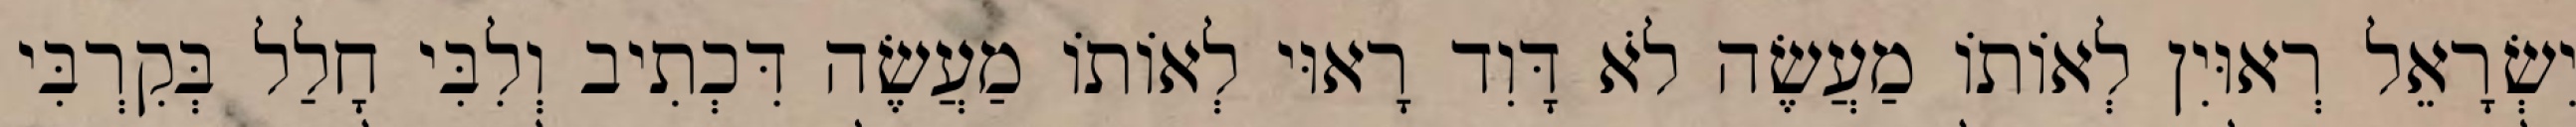
יִשְׂרָאֵל רְאוּיִן לְאוֹתוֹ מַעֲשֶׂה לֹא דָּוִד רָאוּי לְאוֹתוֹ מַעֲשֶׂה דִּכְתִיב וְלִבִּי חָלַל בְּקִרְבִּי